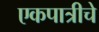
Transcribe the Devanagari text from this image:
एकपात्रीचे